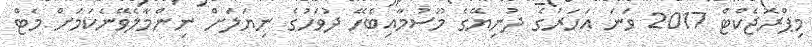
މިޕްރޮޖެކްޓް 2017 ވަނަ އަހަރުގެ ދުނިޔޭގެ މޫސުމާއިބެހޭ ދުވަހުގެ ނިޔަލަށް ނިންމާލެވޭނެކަމަށް މެޓް